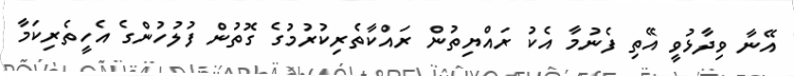
އޭނާ ވިދާޅުވީ އޭތި ފެނުމާ އެކު ރައްޔިތުން ރައްކާތެރިކުރުމުގެ ގޮތުން ފުލުހުންގެ އެހީތެރިކަމާ